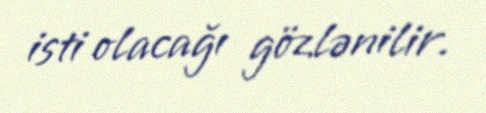
isti olacağı gözlənilir.